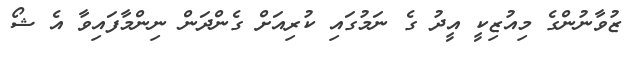
ޒުވާނުންގެ މިއުޒިކީ އީދު ގެ ނަމުގައި ކުރިއަށް ގެންދަން ނިންމާފައިވާ އެ ޝޯ